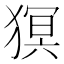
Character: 猽